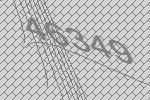
46349